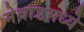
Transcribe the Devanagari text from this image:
मेवाडमध्ये